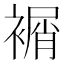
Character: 𧜔